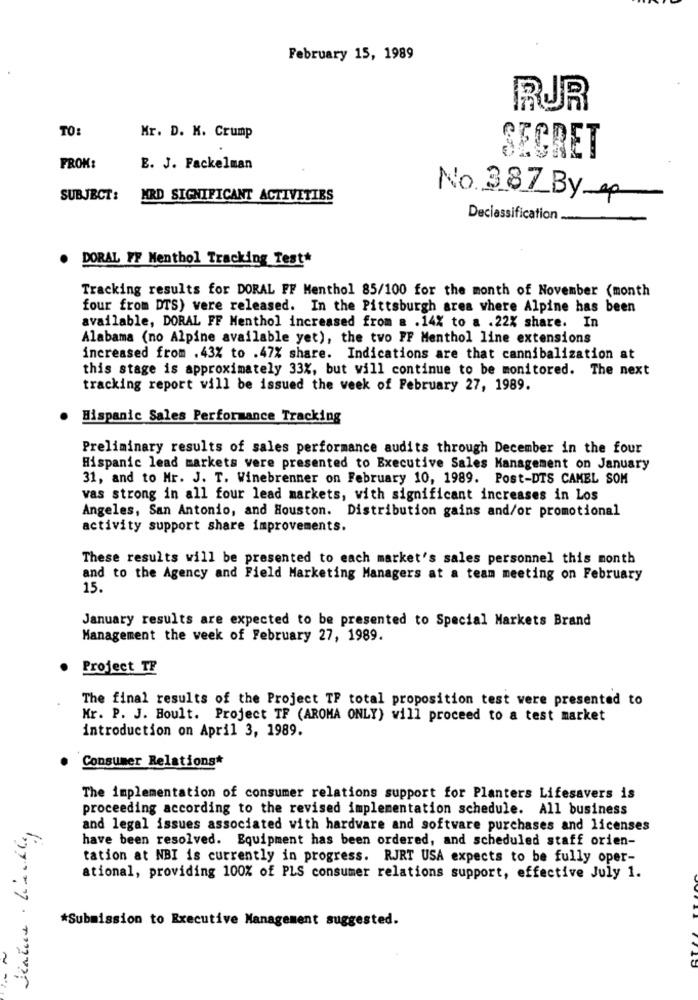
February 15, 1989
RJR
TO:
Mr. D. K. Crump
SECRET
FROM:
E. J. Fackelman
SUBJECT:
MRD SIGNIFICANT ACTIVITIES
No. 387 By ep
Declassification.
DORAL FF Menthol Tracking Test*
Tracking results for DORAL FF Menthol 85/100 for the month of November (month
four from DTS) were released. In the Pittsburgh area where Alpine has been
available, DORAL FF Menthol increased from a . 14% to a .22% share. In
Alabama (no Alpine available yet), the two FF Menthol line extensions
increased from . 43% to .47% share. Indications are that cannibalization at
this stage is approximately 33%, but will continue to be monitored. The next
tracking report will be issued the week of February 27, 1989.
Hispanic Sales Performance Tracking
Preliminary results of sales performance audits through December in the four
Hispanic lead markets vere presented to Executive Sales Management on January
31, and to Mr. J. T. Winebrenner on February 10, 1989. Post-DTS CAMEL SOM
vas strong in all four lead markets, with significant increases in Los
Angeles, San Antonio, and Houston. Distribution gains and/or promotional
activity support share improvements.
These results will be presented to each market's sales personnel this month
and to the Agency and Field Marketing Managers at a team meeting on February
15.
January results are expected to be presented to Special Markets Brand
Management the week of February 27, 1989.
Project TE
The final results of the Project TF total proposition test were presented to
Mr. P. J. Hoult. Project TF (AROMA ONLY) will proceed to a test market
introduction on April 3, 1989.
Consumer Relations*
.
The implementation of consumer relations support for Planters Lifesavers is
proceeding according to the revised implementation schedule. All business
and legal issues associated with hardware and software purchases and licenses
have been resolved. Equipment has been ordered, and scheduled staff orien-
tation at NBI is currently in progress. RJRT USA expects to be fully oper-
ational, providing 100% of PLS consumer relations support, effective July 1.
*Submission to Executive Management suggested.